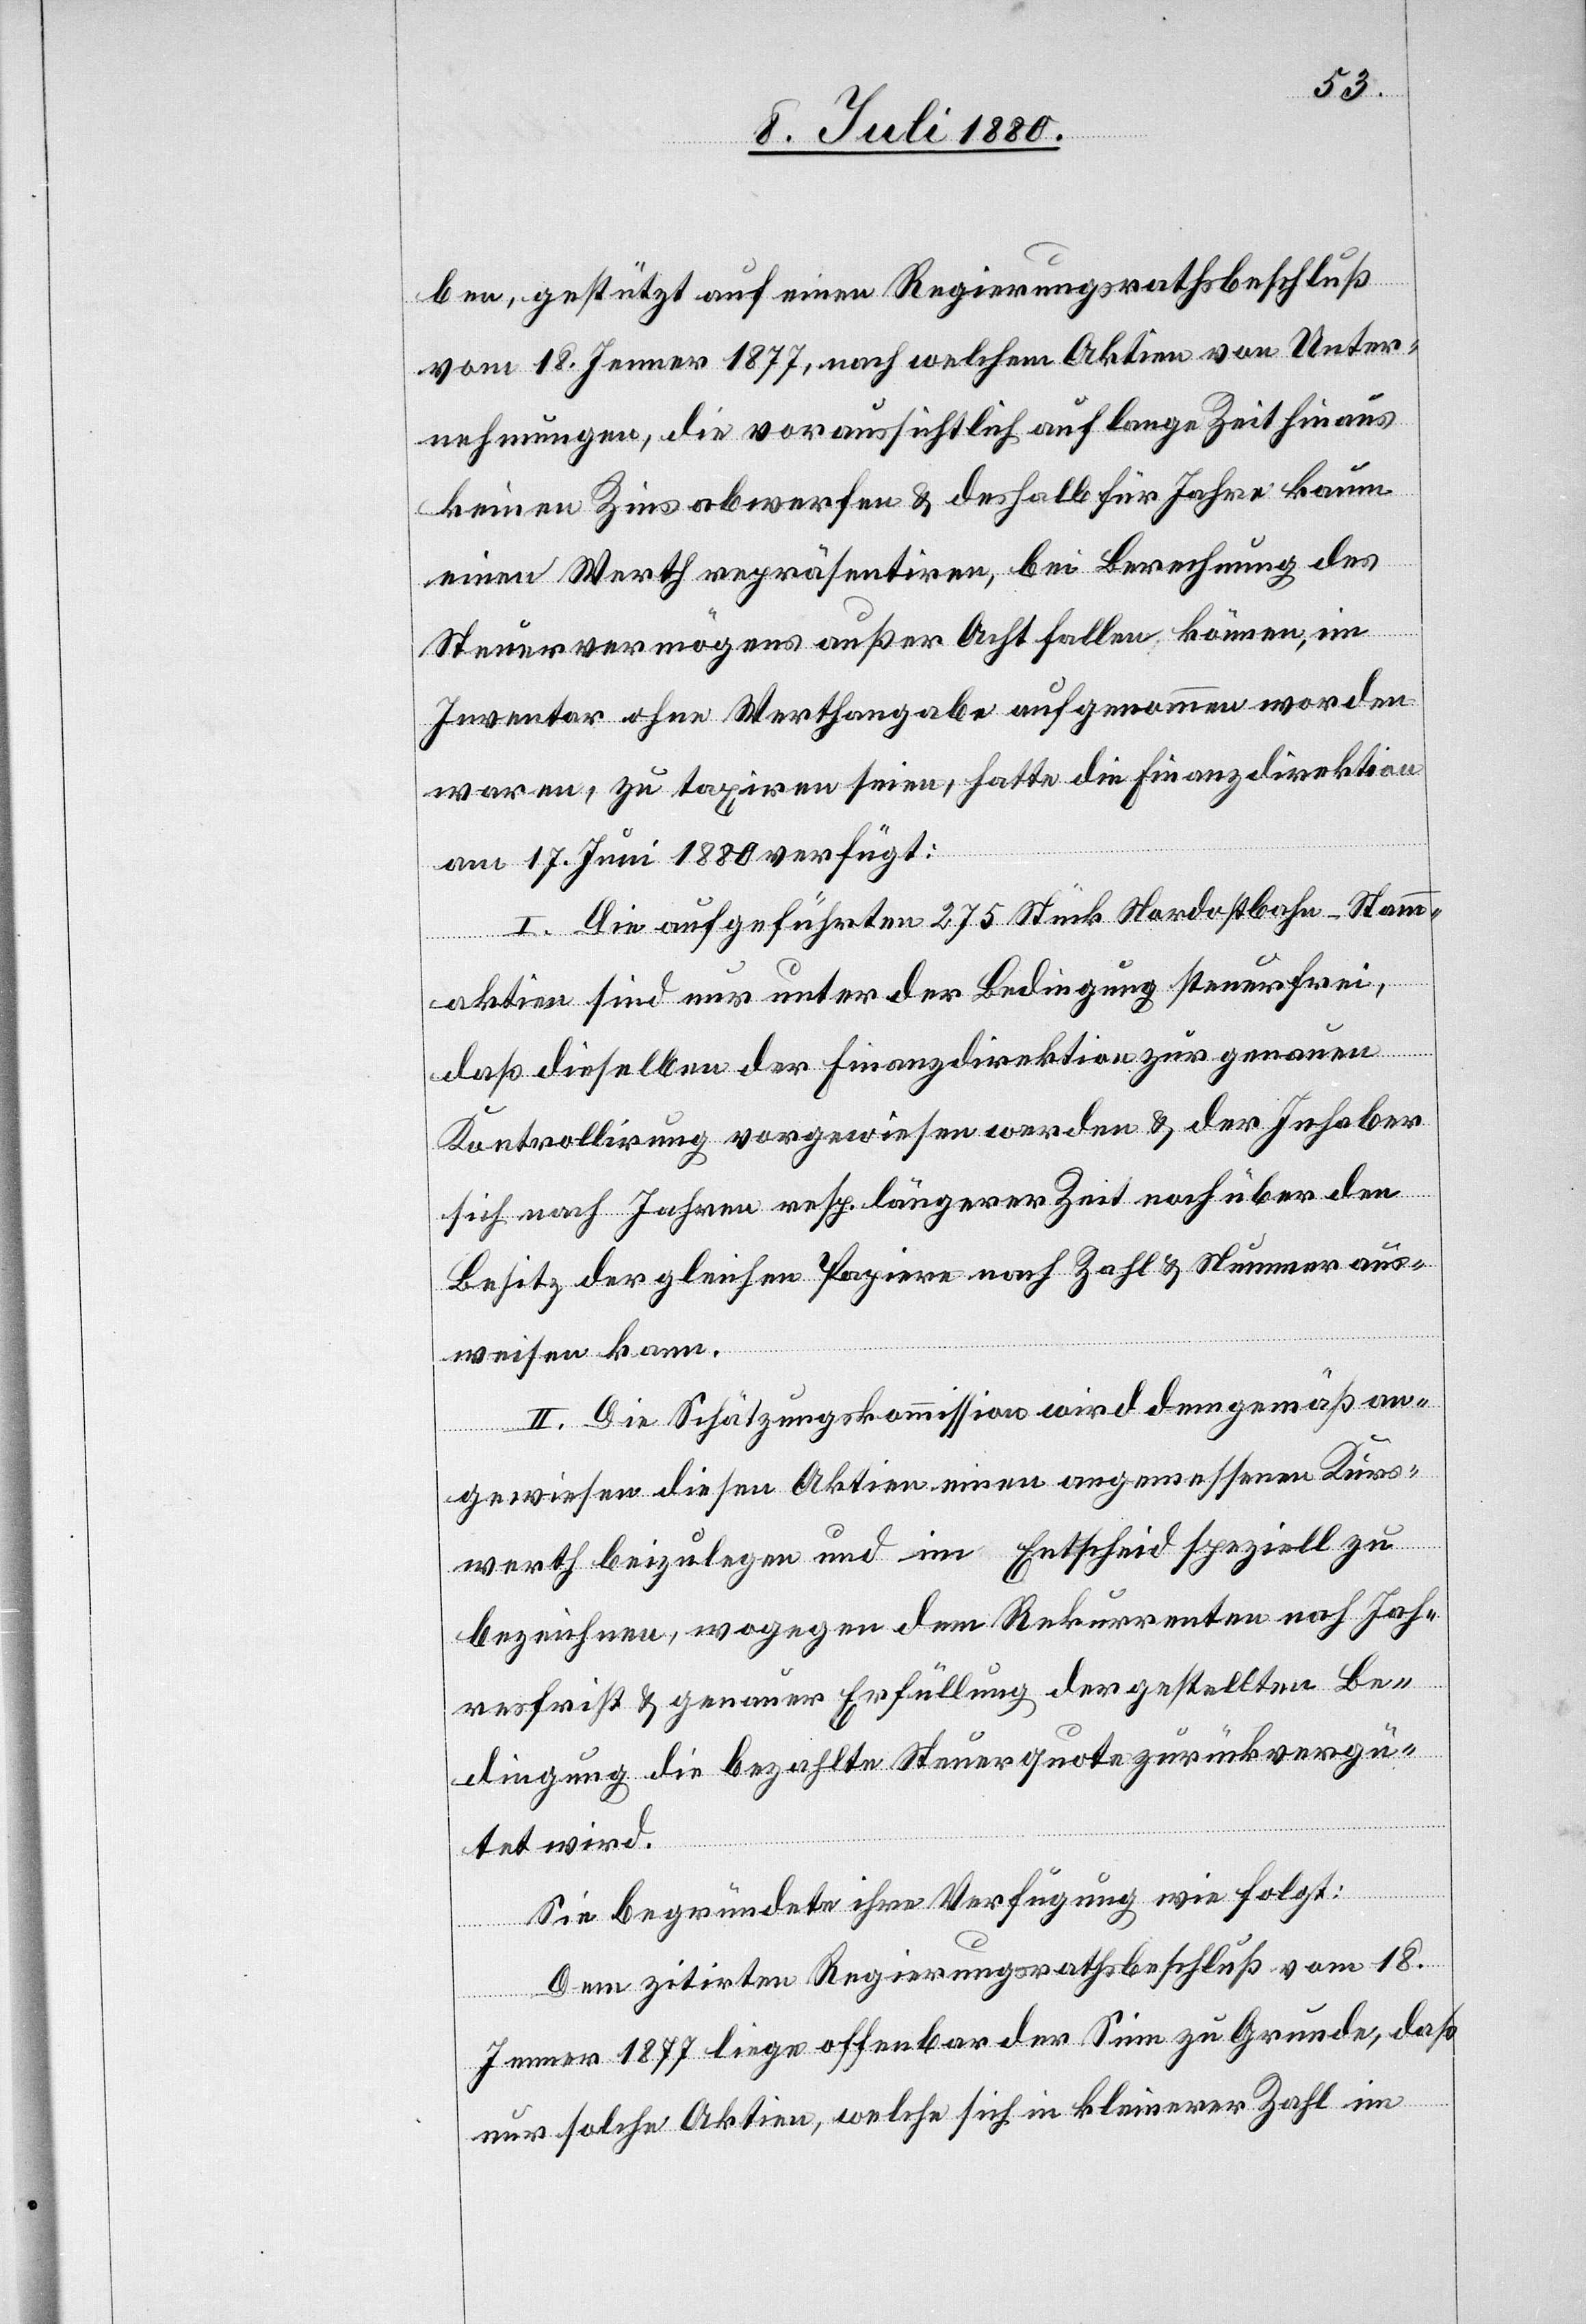
ben, gestützt auf einen Regierungsrathsbeschluß
vom 18. Jenner 1877, nach welchem Aktien von Unter¬
nehmungen, die voraussichtlich auf lange Zeit hinaus
keinen Zins abwerfen & deshalb für Jahre kaum
einen Werth repräsentiren, bei Berechnung des
Steuervermögens außer Acht fallen können, im
Inventar ohne Werthangabe aufgenommen worden
waren, zu taxiren seien, hatte die Finanzdirektion
am 17. Juni 1880 verfügt:
I. Die aufgeführten 275 Stück Nordostbahn-Stamm¬
aktien sind nur unter der Bedingung steuerfrei,
daß dieselben der Finanzdirektion zur genauen
Kontrollirung vorgewiesen werden & der Inhaber
sich nach Jahren resp. längerer Zeit nach über den
Besitz der gleichen Papiere nach Zahl & Nummer aus¬
weisen kann.
II. Die Schätzungskommission wird demgemäß an¬
gewiesen diesen Aktien einen angemessenen Kurs¬
werth beizulegen und im Entscheid speziell zu
bezeichnen, wogegen dem Rekurrenten nach Jah¬
resfrist & genauer Erfüllung der gestellten Be¬
dingung die bezahlte Steuerquote zurückvergü¬
tet wird.
Sie begründete ihre Verfügung wie folgt:
Dem zitirten Regierungsrathsbeschluß vom 18.
Jenner 1877 liege offenbar der Sinn zu Grunde, daß
nur solche Aktien, welche sich in kleinerer Zahl im